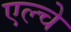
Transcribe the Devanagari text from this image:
एल्चे